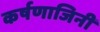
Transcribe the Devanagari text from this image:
कर्षणाजिनी